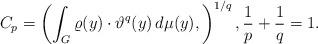
LaTeX: \begin{align*} C_p= \left( \int_G \varrho(y) \cdot \vartheta^q(y) \, d\mu(y) ,\right)^{1/q}, \frac{1}{p} + \frac{1}{q} = 1.\end{align*}